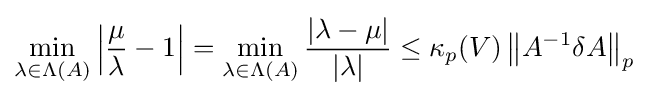
\min _{\lambda \in \Lambda (A)}\left|{\frac {\mu }{\lambda }}-1\right|=\min _{\lambda \in \Lambda (A)}{\frac {|\lambda -\mu |}{|\lambda |}}\leq \kappa _{p}(V)\left\|A^{-1}\delta A\right\|_{p}